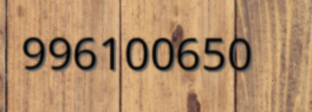
996100650